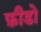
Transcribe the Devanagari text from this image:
फ़ीडो